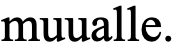
muualle.